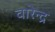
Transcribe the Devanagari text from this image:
वारेन्द्र